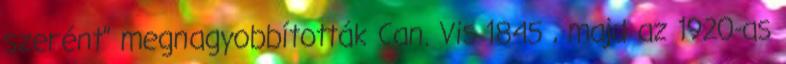
szerént” megnagyobbították Can. Vis 1845 , majd az 1920-as